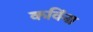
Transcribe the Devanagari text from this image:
कविंना